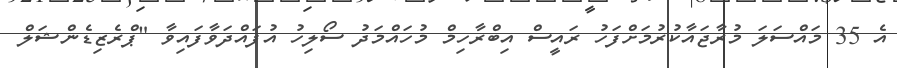
އެ 35 މައްސަލަ މުރާޖައާކުރުމަށްފަހު ރައީސް އިބްރާހިމް މުހައްމަދު ސޯލިހު އުފައްދަވާފައިވާ "ޕްރެޒިޑެންޝަލް